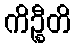
ကိဉ္စီတိ